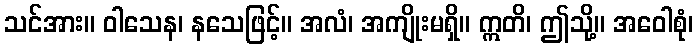
သင်အား။ ဝါသေန၊ နသေဖြင့်။ အလံ၊ အကျိုးမရှိ။ ဣတိ၊ ဤသို့။ အဝေါစုံ၊